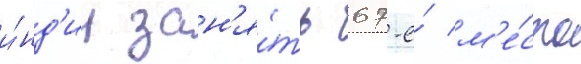
и́нд'ии зан'я́ть 67-е́ м'е́сто